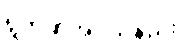
ရွတ်ဆိုအပ်သနည်း။